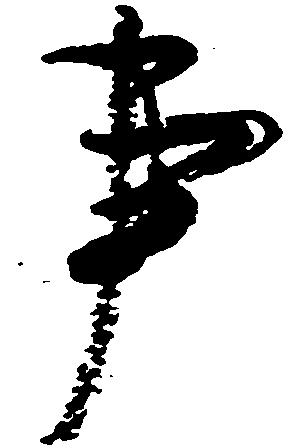
事